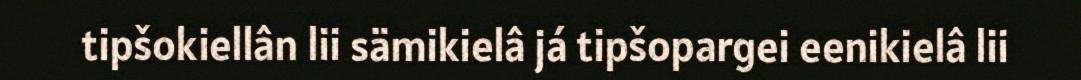
tipšokiellân lii sämikielâ já tipšopargei eenikielâ lii